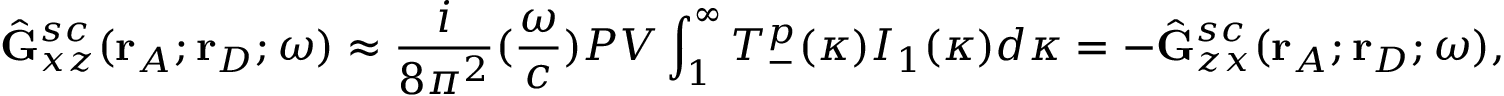
\hat { \mathbf { G } } _ { x z } ^ { s c } ( \mathbf { r } _ { A } ; \mathbf { r } _ { D } ; \omega ) \approx \frac { i } { 8 { \pi } ^ { 2 } } ( \frac { \omega } { c } ) P V \int _ { 1 } ^ { \infty } T _ { - } ^ { p } ( \kappa ) I _ { 1 } ( \kappa ) d { \kappa } = - \hat { \mathbf { G } } _ { z x } ^ { s c } ( \mathbf { r } _ { A } ; \mathbf { r } _ { D } ; \omega ) ,